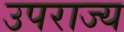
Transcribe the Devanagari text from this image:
उपराज्य